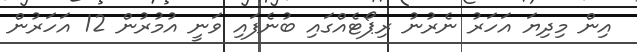
އިން މިދިޔަ އަހަރު ނެރުނު ރިޕޯޓެއްގައި ބުނެފައި ވަނީ އުމުރުން 12 އަހަރުން